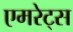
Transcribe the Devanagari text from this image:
एमरेट्स